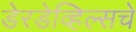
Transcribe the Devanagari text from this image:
डेरडेव्हिल्सचे